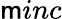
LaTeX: \mathsf{m}inc